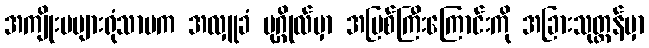
အကျိုးမများရုံသာမက အလှူခံ ပုဂ္ဂိုလ်မှာ အပြစ်ကြီးကြောင်းကို အခြားသုတ္တန်မှာ